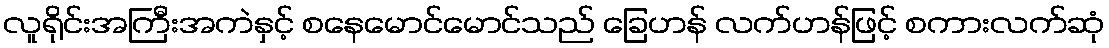
လူရိုင်းအကြီးအကဲနှင့် စနေမောင်မောင်သည် ခြေဟန် လက်ဟန်ဖြင့် စကားလက်ဆုံ